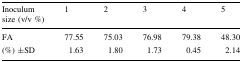
<table><thead><tr><td><b>Inoculum size (v/v %)</b></td><td><b>1</b></td><td><b>2</b></td><td><b>3</b></td><td><b>4</b></td><td><b>5</b></td></tr></thead><tbody><tr><td>FA</td><td>77.55</td><td>75.03</td><td>76.98</td><td>79.38</td><td>48.30</td></tr><tr><td>(%) ±SD</td><td>1.63</td><td>1.80</td><td>1.73</td><td>0.45</td><td>2.14</td></tr></tbody></table>